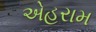
એહરામ